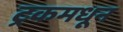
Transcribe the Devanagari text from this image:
ट्रकमधून